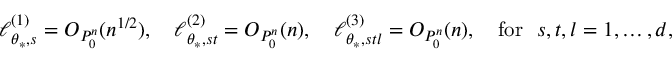
\begin{array} { r } { \ell _ { \theta _ { * } , s } ^ { ( 1 ) } = O _ { P _ { 0 } ^ { n } } ( n ^ { 1 / 2 } ) , \quad \ell _ { \theta _ { * } , s t } ^ { ( 2 ) } = O _ { P _ { 0 } ^ { n } } ( n ) , \quad \ell _ { \theta _ { * } , s t l } ^ { ( 3 ) } = O _ { P _ { 0 } ^ { n } } ( n ) , \quad \mathrm { f o r ~ } \ s , t , l = 1 , \ldots , d , } \end{array}